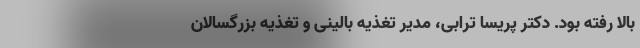
بالا رفته بود. دکتر پریسا ترابی، مدیر تغذیه بالینی و تغذیه بزرگسالان